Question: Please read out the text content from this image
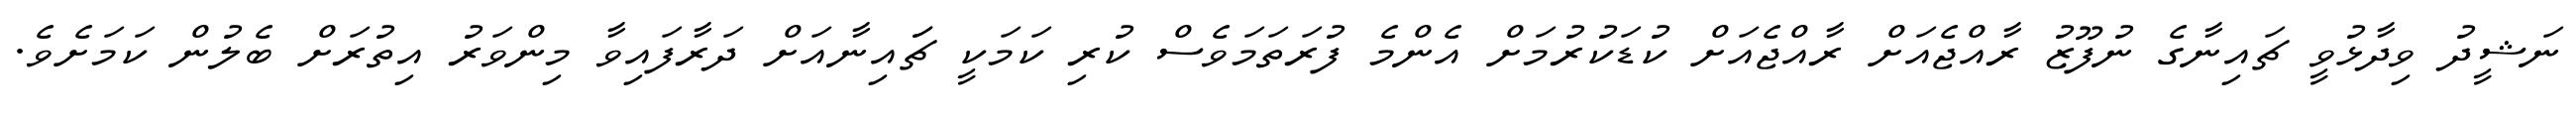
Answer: ނަޝީދު ވިދާޅުވީ ޗައިނާގެ ނުފޫޒު ރާއްޖެއަށް ރާއްޖެއަށް ކުޑަކުރުމަށް އެންމެ ފުރަތަމަވެސް ކުރި ކަމަކީ ޗަައިނާއަށް ދަރާފައިވާ މިންވަރު އިތުރަށް ބެލުން ކަމަށެވެ.